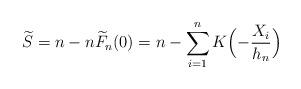
LaTeX: \begin{align*}\widetilde{S}=n-n\widetilde{F}_n(0)=n-\sum_{i=1}^nK\Bigl(-\frac{X_i}{h_n}\Bigr) \end{align*}